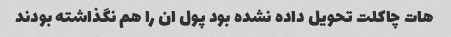
هات چاکلت تحویل داده نشده بود پول ان را هم نگذاشته بودند